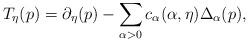
LaTeX: \begin{align*} T_\eta(p) = \partial_\eta(p) - \sum_{\alpha>0}c_\alpha ( \alpha,\eta ) \Delta_\alpha(p), \end{align*}